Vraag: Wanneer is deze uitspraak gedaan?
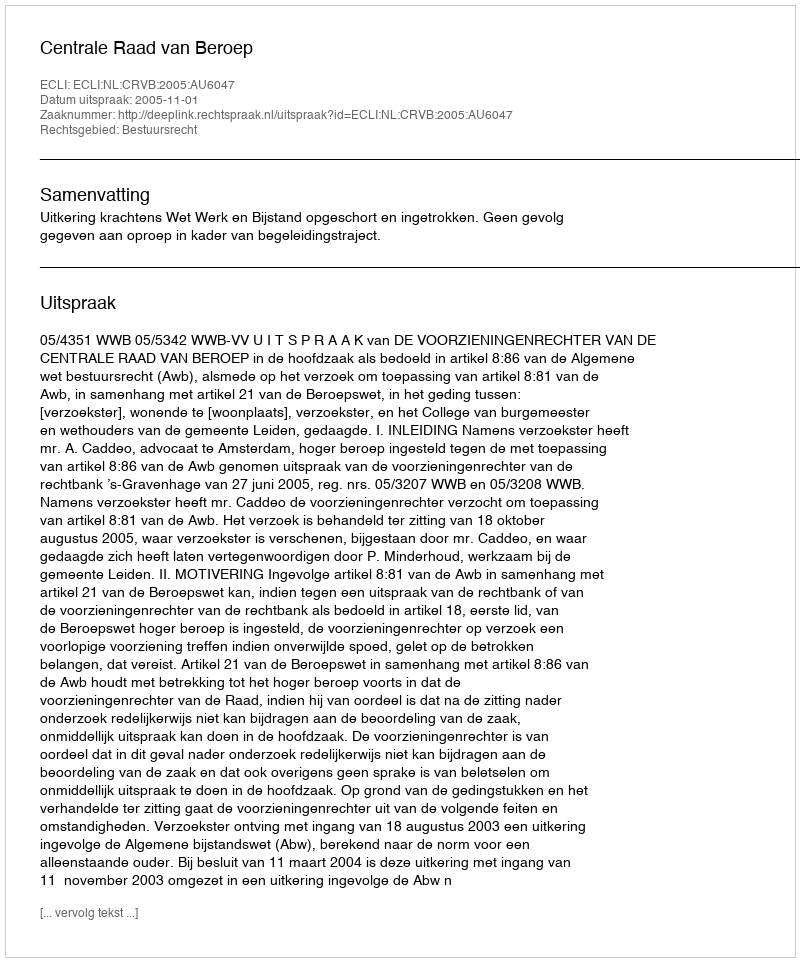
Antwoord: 2005-11-01